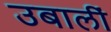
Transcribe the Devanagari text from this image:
उबालीं